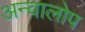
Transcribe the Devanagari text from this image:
अन्वालोप